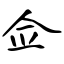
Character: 佥